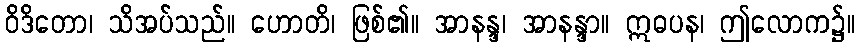
ဝိဒိတော၊ သိအပ်သည်။ ဟောတိ၊ ဖြစ်၏။ အာနန္ဒ၊ အာနန္ဒာ။ ဣဓပန၊ ဤလောက၌။